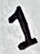
Text: 1